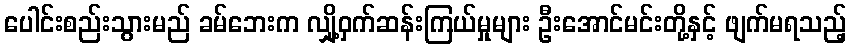
ပေါင်းစည်းသွားမည် ခမ်ဘေးက လျှို့ဝှက်ဆန်းကြယ်မှုများ ဦးအောင်မင်းတို့နှင့် ဖျက်မရသည့်